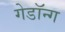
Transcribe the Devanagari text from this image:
गेडॉन्ग